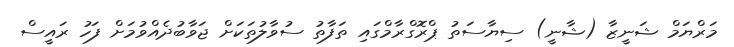
މަރްޔަމް ޝަނީޒާ (ޝާނީ) ސިޔާސަތު ޕްރޮގްރާމްގައި ތަފާތު ސުވާލުތަކަށް ޖަވާބުދެއްވުމަށް ފަހު ރައީސް